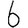
Digit: 6